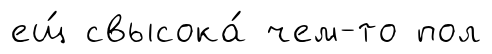
ещ́ свысока́ чем-то пол